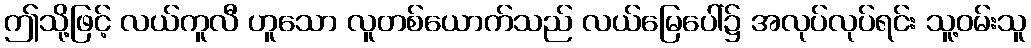
ဤသို့ဖြင့် လယ်ကူလီ ဟူသော လူတစ်ယောက်သည် လယ်မြေပေါ်၌ အလုပ်လုပ်ရင်း သူ့ဝမ်းသူ